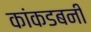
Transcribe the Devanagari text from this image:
कांकडबनी